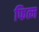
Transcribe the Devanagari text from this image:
फित्म